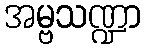
အမ္ဗသဏ္ဍာ